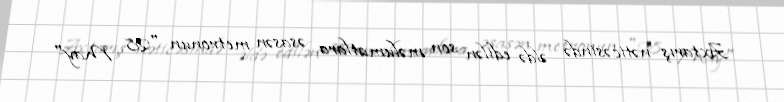
Axtarış nəticəsində əldə edilən son məlumatlara əsasən metronun "28 May"